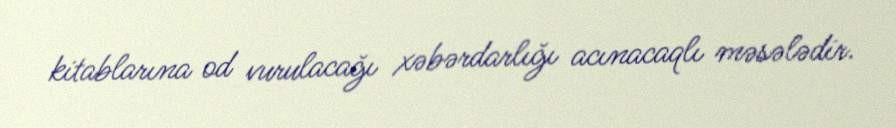
kitablarına od vurulacağı xəbərdarlığı acınacaqlı məsələdir.